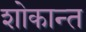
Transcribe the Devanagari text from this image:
शोकान्‍त